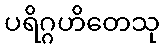
ပရိဂ္ဂဟိတေသု